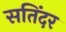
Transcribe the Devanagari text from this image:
सतिंदर